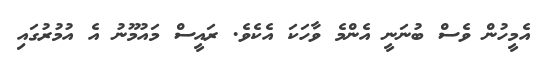
އެމީހުން ވެސް ބުނަނީ އެންމެ ވާހަކަ އެކެވެ. ރައީސް މައުމޫނު އެ އުމުރުގައި